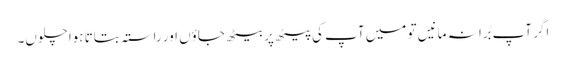
اگر آپ بُرا نہ مانیں تو میں آپ کی پیٹھ پر بیٹھ جاؤں اور راستہ بتاتا ہوا چلوں۔